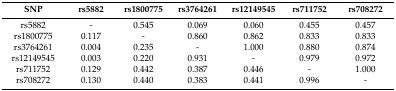
<table><thead><tr><td><b>SNP</b></td><td><b>rs5882</b></td><td><b>rs1800775</b></td><td><b>rs3764261</b></td><td><b>rs12149545</b></td><td><b>rs711752</b></td><td><b>rs708272</b></td></tr></thead><tbody><tr><td>rs5882</td><td>-</td><td>0.545</td><td>0.069</td><td>0.060</td><td>0.455</td><td>0.457</td></tr><tr><td>rs1800775</td><td>0.117</td><td>-</td><td>0.860</td><td>0.862</td><td>0.833</td><td>0.833</td></tr><tr><td>rs3764261</td><td>0.004</td><td>0.235</td><td>-</td><td>1.000</td><td>0.880</td><td>0.874</td></tr><tr><td>rs12149545</td><td>0.003</td><td>0.220</td><td>0.931</td><td>-</td><td>0.979</td><td>0.972</td></tr><tr><td>rs711752</td><td>0.129</td><td>0.442</td><td>0.387</td><td>0.446</td><td>-</td><td>1.000</td></tr><tr><td>rs708272</td><td>0.130</td><td>0.440</td><td>0.383</td><td>0.441</td><td>0.996</td><td>-</td></tr></tbody></table>